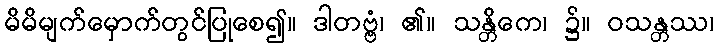
မိမိမျက်မှောက်တွင်ပြုစေ၍။ ဒါတဗ္ဗံ၊ ၏။ သန္တိကေ၊ ၌။ ဝသန္တဿ၊